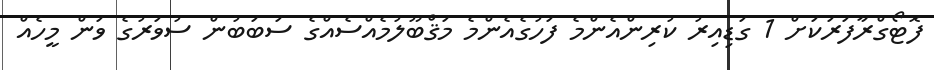
ފޮޓޯގްރާފަރަކަށް 1 ގަޑިއިރު ކުރިންއެންމެ ފަހުގެއެންމެ މަޤްބޫލުމެއްސެއްގެ ސަބަބުން ސުވަރުގެ ވަން މީހެއް